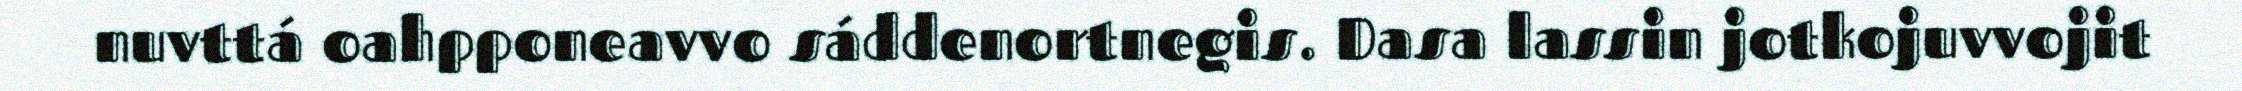
nuvttá oahpponeavvo sáddenortnegis. Dasa lassin jotkojuvvojit